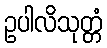
ဥပါလိသုတ္တံ